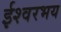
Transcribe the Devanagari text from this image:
ईश्वरभय